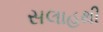
સલાહથી